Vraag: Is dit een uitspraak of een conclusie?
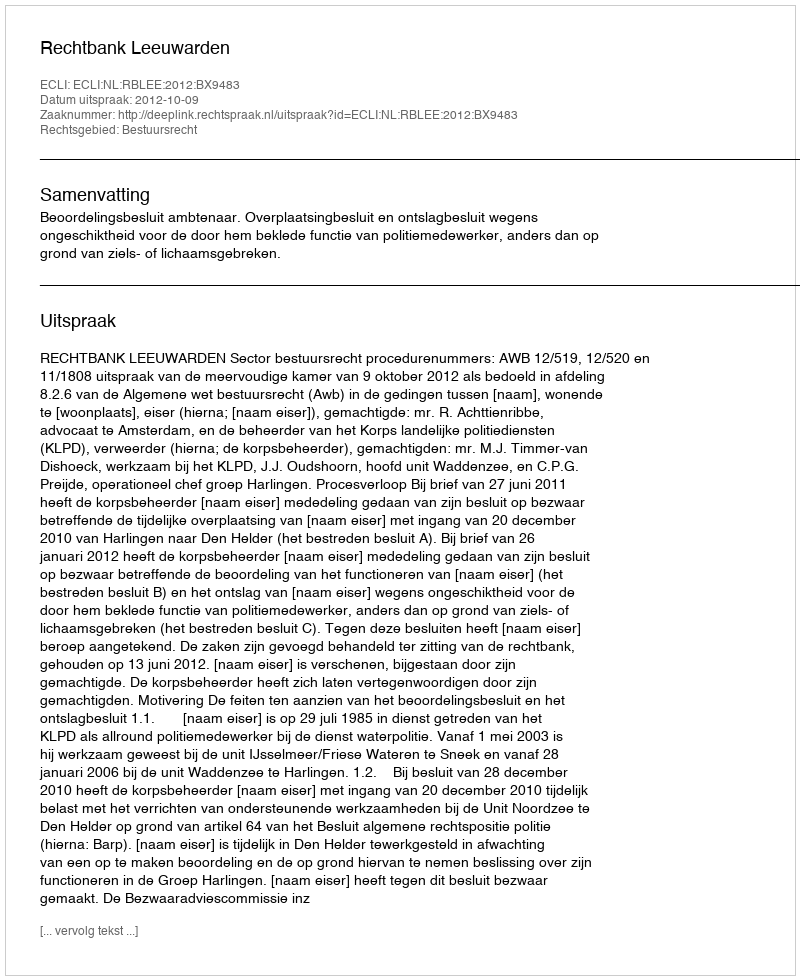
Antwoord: Uitspraak